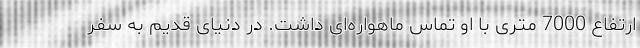
ارتفاع 7000 متری با او تماس ماهواره‌ای داشت. در دنیای قدیم به سفر